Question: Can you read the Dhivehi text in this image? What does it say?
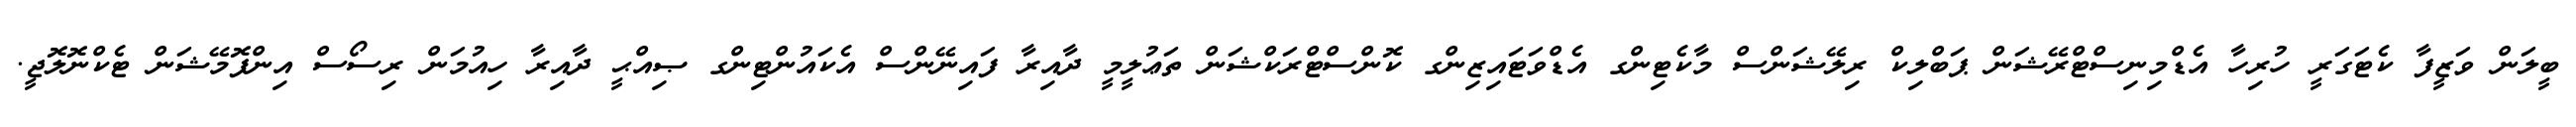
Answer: ބީލަން ވަޒީފާ ކެޓަގަރީ ހުރިހާ އެޑްމިނިސްޓްރޭޝަން ޕަބްލިކް ރިލޭޝަންސް މާކެޓިންގ އެޑްވަޓައިޒިންގ ކޮންސްޓްރަކްޝަން ތަޢުލީމީ ދާއިރާ ފައިނޭންސް އެކައުންޓިންގ ޞިއްޙީ ދާއިރާ ހިއުމަން ރިސޯސް އިންފޮމޭޝަން ޓެކްނޮލޮޖީ.